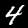
Digit: 4